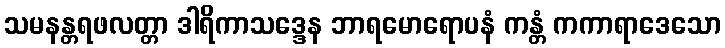
သမနန္တရဖလတ္တာ ဒါရိကာသဒ္ဒေန ဘာရမောရောပနံ ကန္တံ ကကာရာဒေသော